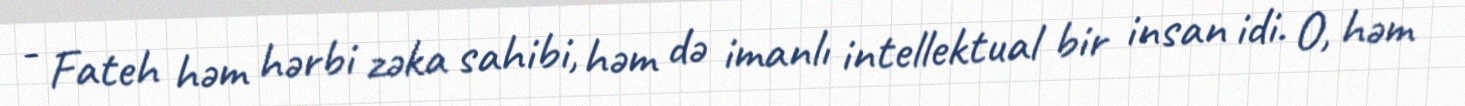
- Fateh həm hərbi zəka sahibi, həm də imanlı intellektual bir insan idi. O, həm